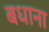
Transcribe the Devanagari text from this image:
बधाना